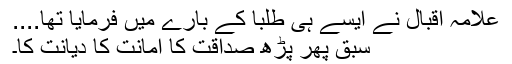
علامہ اقبال نے ایسے ہی طلبا کے بارے میں فرمایا تھا....
سبق پھر پڑھ صداقت کا امانت کا دیانت کا۔